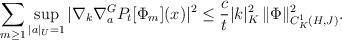
LaTeX: \begin{align*} \sum_{m \ge 1} \sup_{|a|_U =1}| \nabla_k \nabla_{a}^G P_t[\Phi_m](x)|^2 \le \frac{c}{t} |k|_K^2 \, \| \Phi\|_{C^1_K(H, J)}^2. \end{align*}